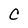
Character: C